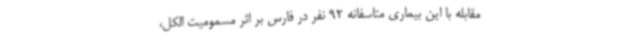
مقابله با این بیماری متاسفانه 92 نفر در فارس بر اثر مسمومیت الکل،